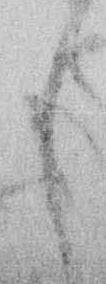
し